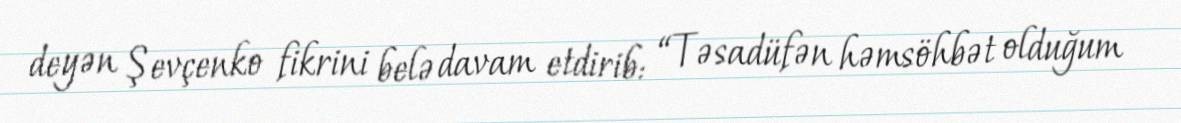
deyən Şevçenko fikrini belə davam etdirib: “Təsadüfən həmsöhbət olduğum